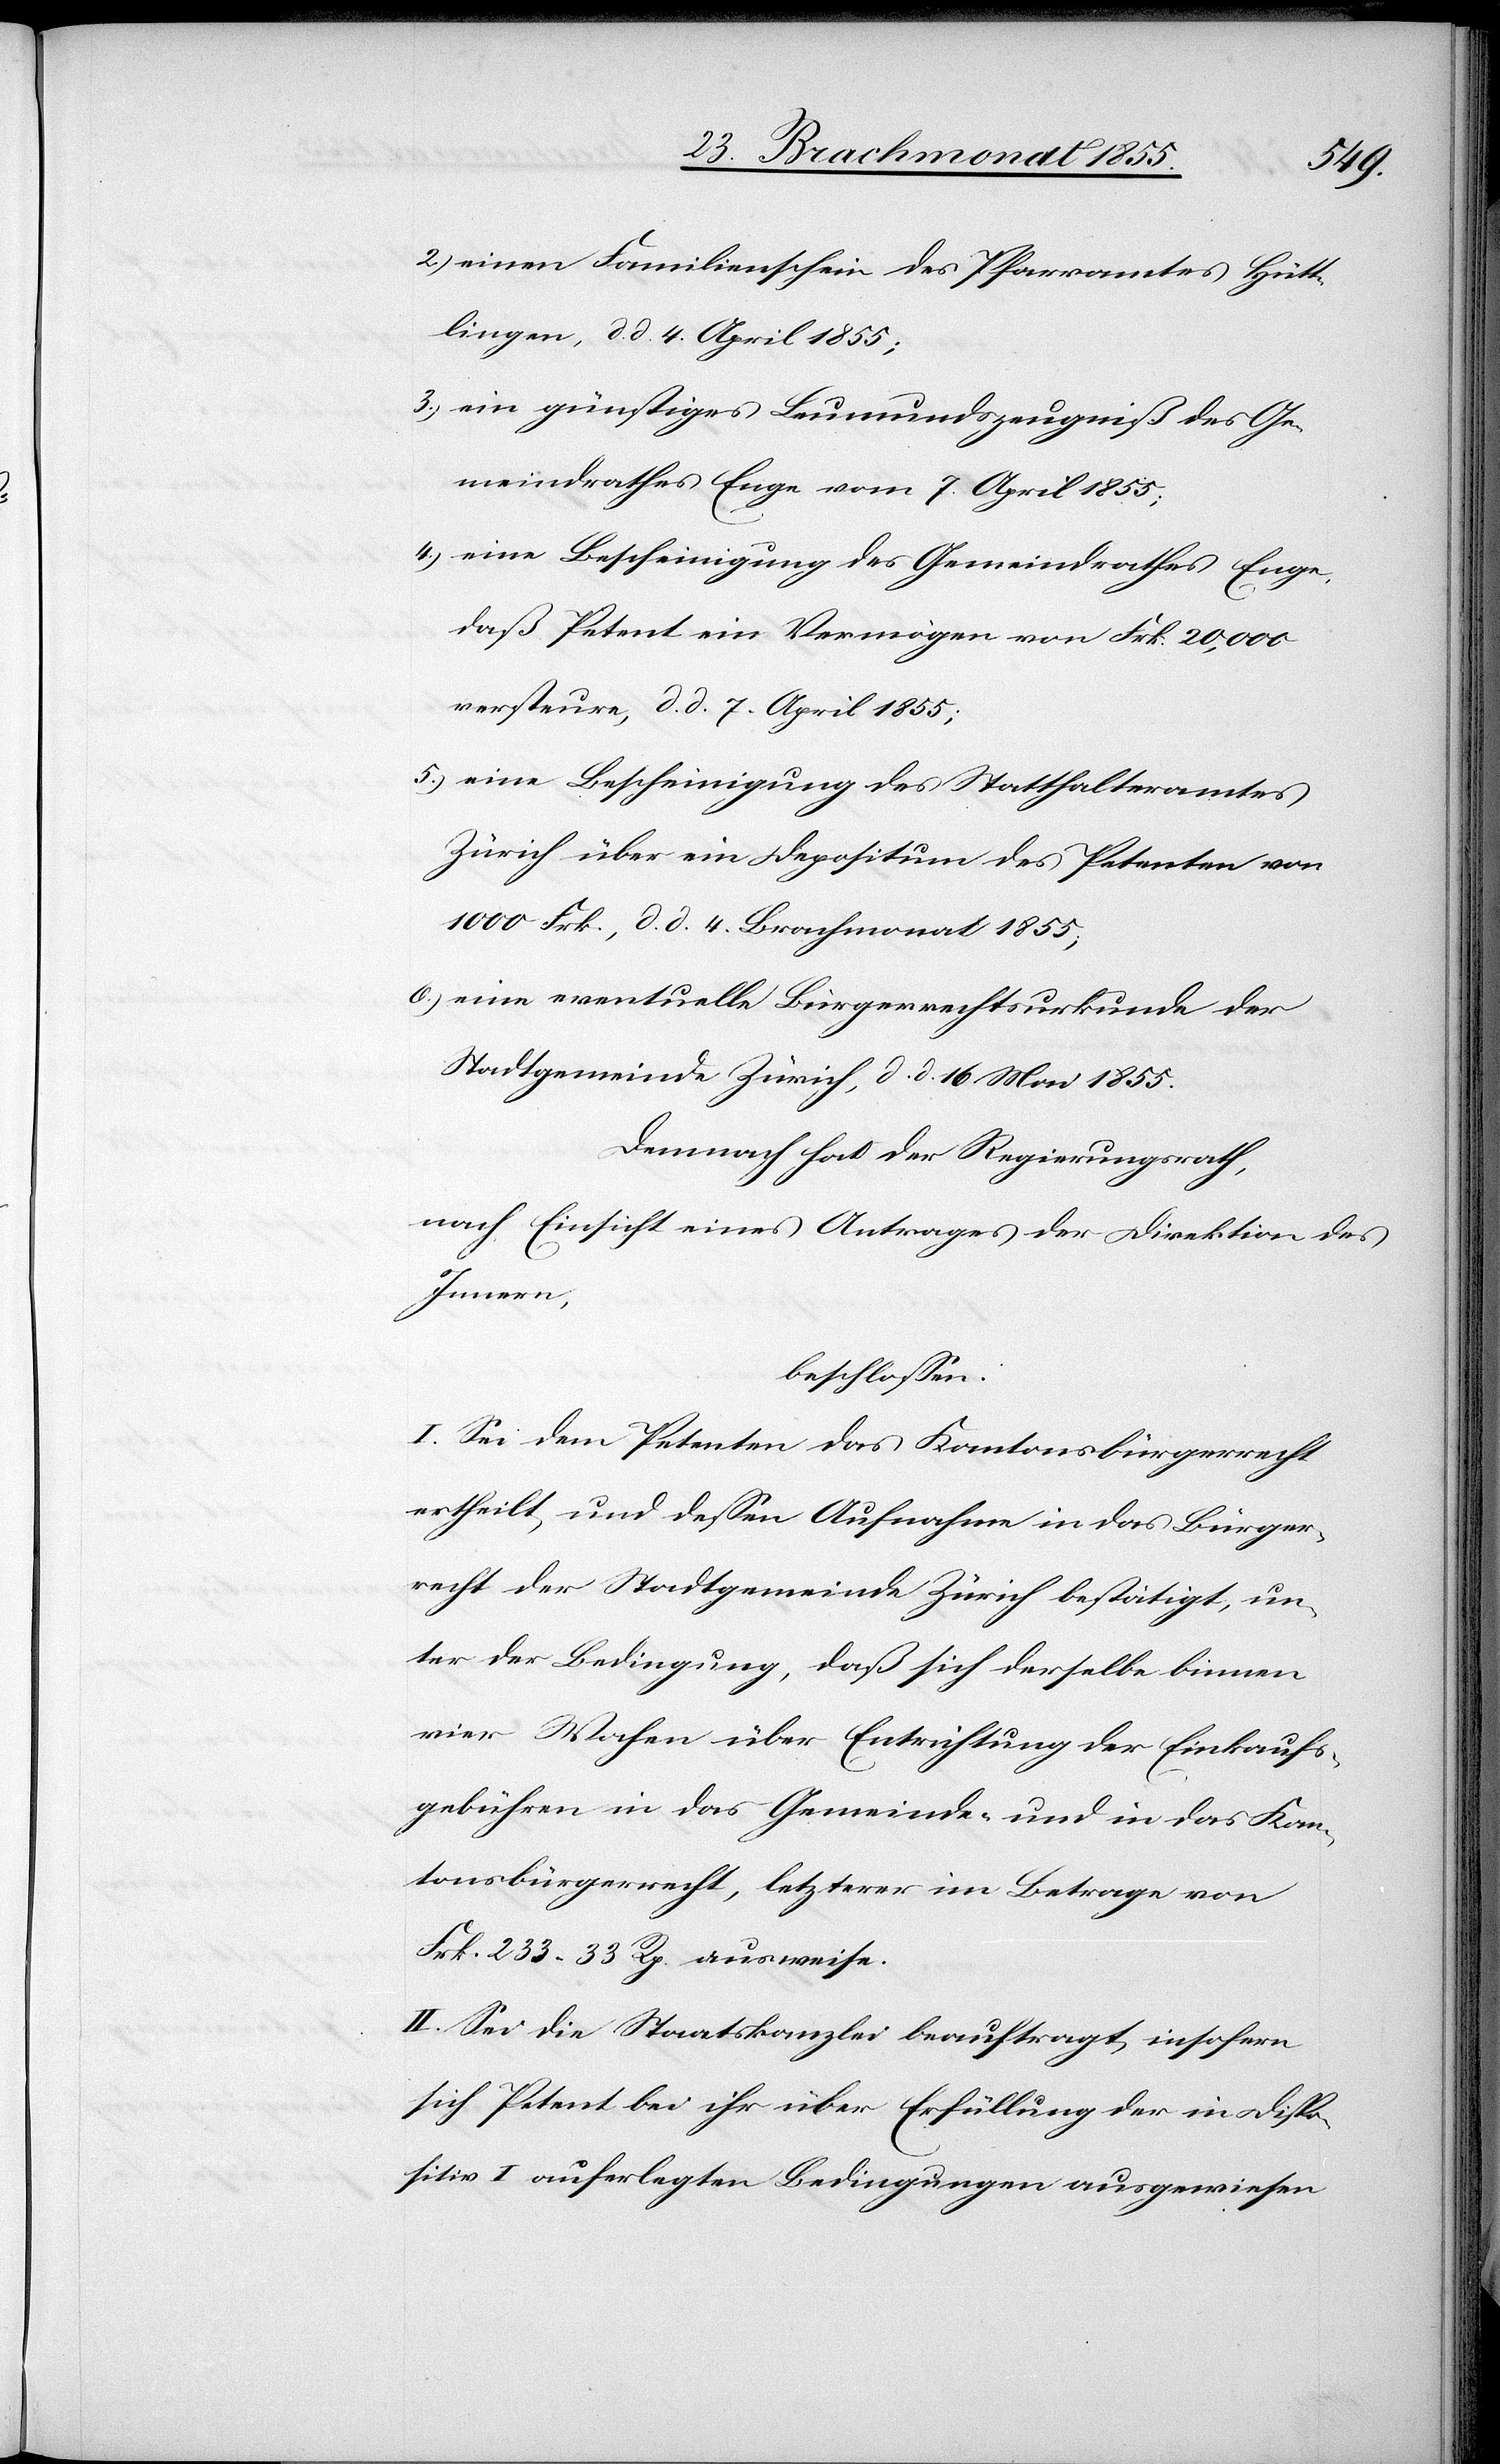
2.)
einen Familienschein des Pfarramtes Hütt¬
lingen, d. d. 4. April 1855;
ein günstiges Leumundszeugniß des Ge¬
meindrathes Enge vom 7. April 1855;
eine Bescheinigung des Gemeindrathes Enge,
daß Petent ein Vermögen von Frk. 20,000
versteure, d. d. 7. April 1855;
eine Bescheinigung des Statthalteramtes
Zürich über ein Depositum des Petenten von
1000 Frk., d. d. 4. Brachmonat 1855;
eine eventuelle Bürgerrechtsurkunde der
Stadtgemeinde Zürich, d. d. 16. Mai 1855.
Demnach hat der Regierungsrath,
nach Einsicht eines Antrages der Direktion des
Innern,
beschlossen:
I. Sei dem Petenten das Kantonsbürgerrecht
ertheilt, und dessen Aufnahme in das Bürger¬
recht der Stadtgemeinde Zürich bestätigt, un¬
ter der Bedingung, daß sich derselbe binnen
vier Wochen über Entrichtung der Einkaufs¬
gebühren in das Gemeinde- und in das Kan¬
tonsbürgerrecht, letzterer im Betrage von
Frk. 233. 33 Rp. ausweise.
II. Sei die Staatskanzlei beauftragt, insofern
sich Petent bei ihr über Erfüllung der in Dispo¬
sitiv I auferlegten Bedingungen ausgewiesen